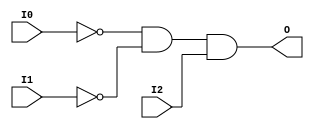

/*

FUNCTION	: 3-INPUT AND GATE

*/

`timescale  100 ps / 10 ps

`celldefine

module AND3B2 (O, I0, I1, I2);


    output O;

    input  I0, I1, I2;

    not N1 (i1_inv, I1);
    not N0 (i0_inv, I0);
    and A1 (O, i0_inv, i1_inv, I2);

    specify
	(I0 *> O) = (0, 0);
	(I1 *> O) = (0, 0);
	(I2 *> O) = (0, 0);
    endspecify

endmodule

`endcelldefine